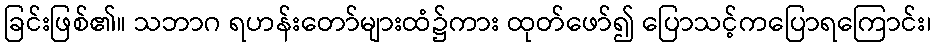
ခြင်းဖြစ်၏။ သဘာဂ ရဟန်းတော်များထံ၌ကား ထုတ်ဖော်၍ ပြောသင့်ကပြောရကြောင်း၊